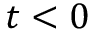
t < 0